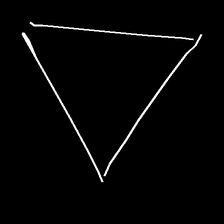
Glyph: convergence